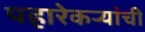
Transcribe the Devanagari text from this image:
पहारेकर्‍यांची